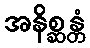
အနိစ္ဆန္တံ